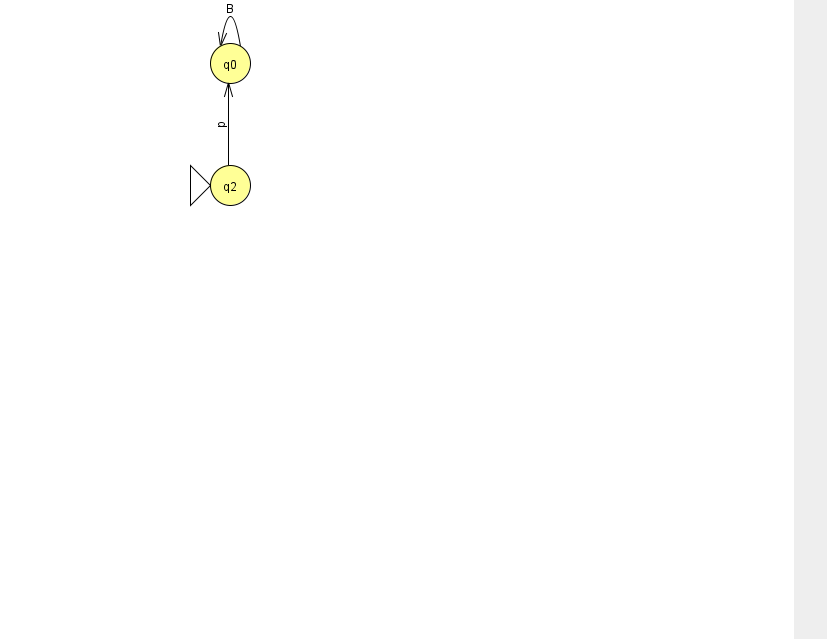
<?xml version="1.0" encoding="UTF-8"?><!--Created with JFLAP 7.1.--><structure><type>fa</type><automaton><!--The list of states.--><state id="0" name="q0"><x>230.0</x><y>50.0</y></state><state id="2" name="q2"><x>230.0</x><y>172.0</y><initial/></state><!--The list of transitions.--><transition><from>0</from><to>0</to><read>B</read></transition><transition><from>2</from><to>0</to><read>p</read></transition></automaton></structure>